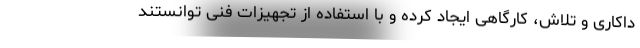
داکاری و تلاش، کارگاهی ایجاد کرده و با استفاده از تجهیزات فنی توانستند